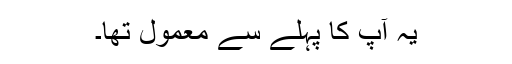
یہ آپ کا پہلے سے معمول تھا۔